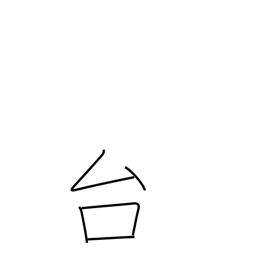
Meaning: pedestal